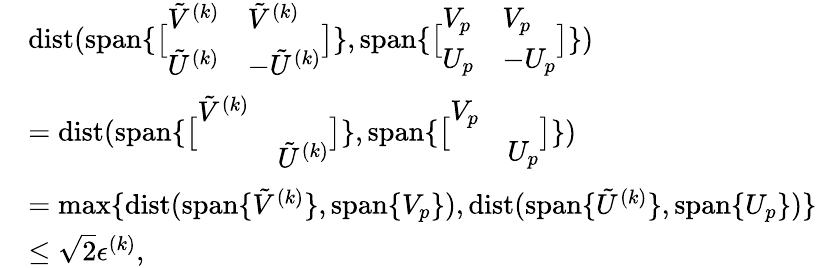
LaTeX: \begin{array}{rl}&{{\mathrm{dist}}({\mathrm{span}}\{ \bigl[\begin{array}{ll}{\tilde{V}^{(k)}}&{\tilde{V}^{(k)}}\\ {\tilde{U}^{(k)}}&{-\tilde{U}^{(k)}}\end{array}\bigr]\} ,{\mathrm{span}}\{ \bigl[\begin{array}{ll}{V_{p}}&{V_{p}}\\ {U_{p}}&{-U_{p}}\end{array}\bigr]\} )}\\ &{={\mathrm{dist}}({\mathrm{span}}\{ \bigl[\begin{array}{ll}{\tilde{V}^{(k)}}&\\ &{\tilde{U}^{(k)}}\end{array}\bigr]\} ,{\mathrm{span}}\{ \bigl[\begin{array}{ll}{V_{p}}&\\ &{U_{p}}\end{array}\bigr]\} )}\\ &{=\operatorname*{max}\{ \mathrm{dist}({\mathrm{span}}\{ \tilde{V}^{(k)}\} ,{\mathrm{span}}\{ V_{p}\} ),\mathrm{dist}(\mathrm{span}\{ \tilde{U}^{(k)}\} ,{\mathrm{span}}\{ U_{p}\} )\} }\\ &{\leq\sqrt{2}\epsilon^{(k)},}\end{array}